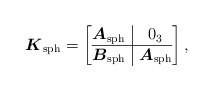
\begin{gather*}\boldsymbol{K}_{\rm sph}=\left[\begin{array}{@{}c|c@{}}\boldsymbol{A}_{\rm sph} &0_3 \\ \hline \boldsymbol{B}_{\rm sph}&\boldsymbol{A}_{\rm sph}\\ \end{array}\right ],\end{gather*}